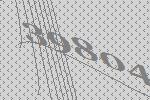
39804